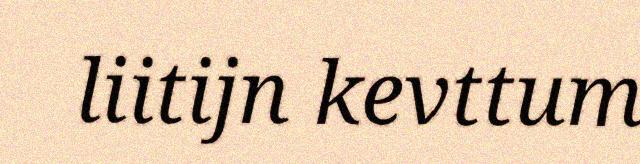
liitijn kevttum